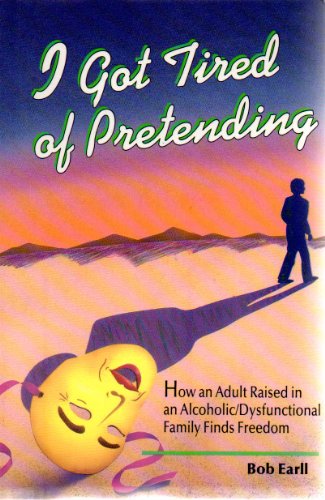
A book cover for I Got Tired of Pretending; Bob Earll; Health, Fitness & Dieting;